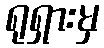
ရုရှားမှ